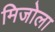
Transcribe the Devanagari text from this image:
मिजोला